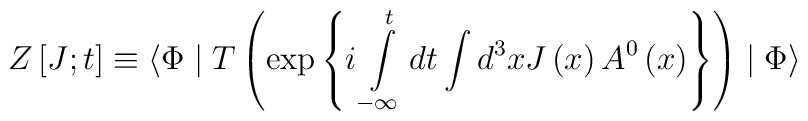
Z\left[ J;t\right]\equiv \langle \Phi \mid T\left(\exp \left\{i\int\limits_{-\infty }^tdt\int d^3xJ\left(x\right) A^0\left(x\right) \right\} \right) \mid \Phi \rangle